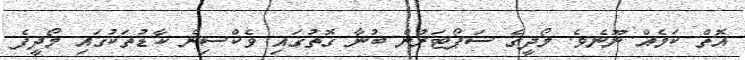
އޮތް ކަމެއް ނޫނެވެ. މޯދީގެ ސަޕޯޓަރުން ބުނާ ގޮތުގައި ވެކްސިން ކާޑުތަކުގައި މޯދީފެ